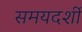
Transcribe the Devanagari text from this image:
समयदर्शी